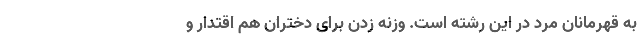
به قهرمانان مرد در این رشته است. وزنه زدن برای دختران هم اقتدار و